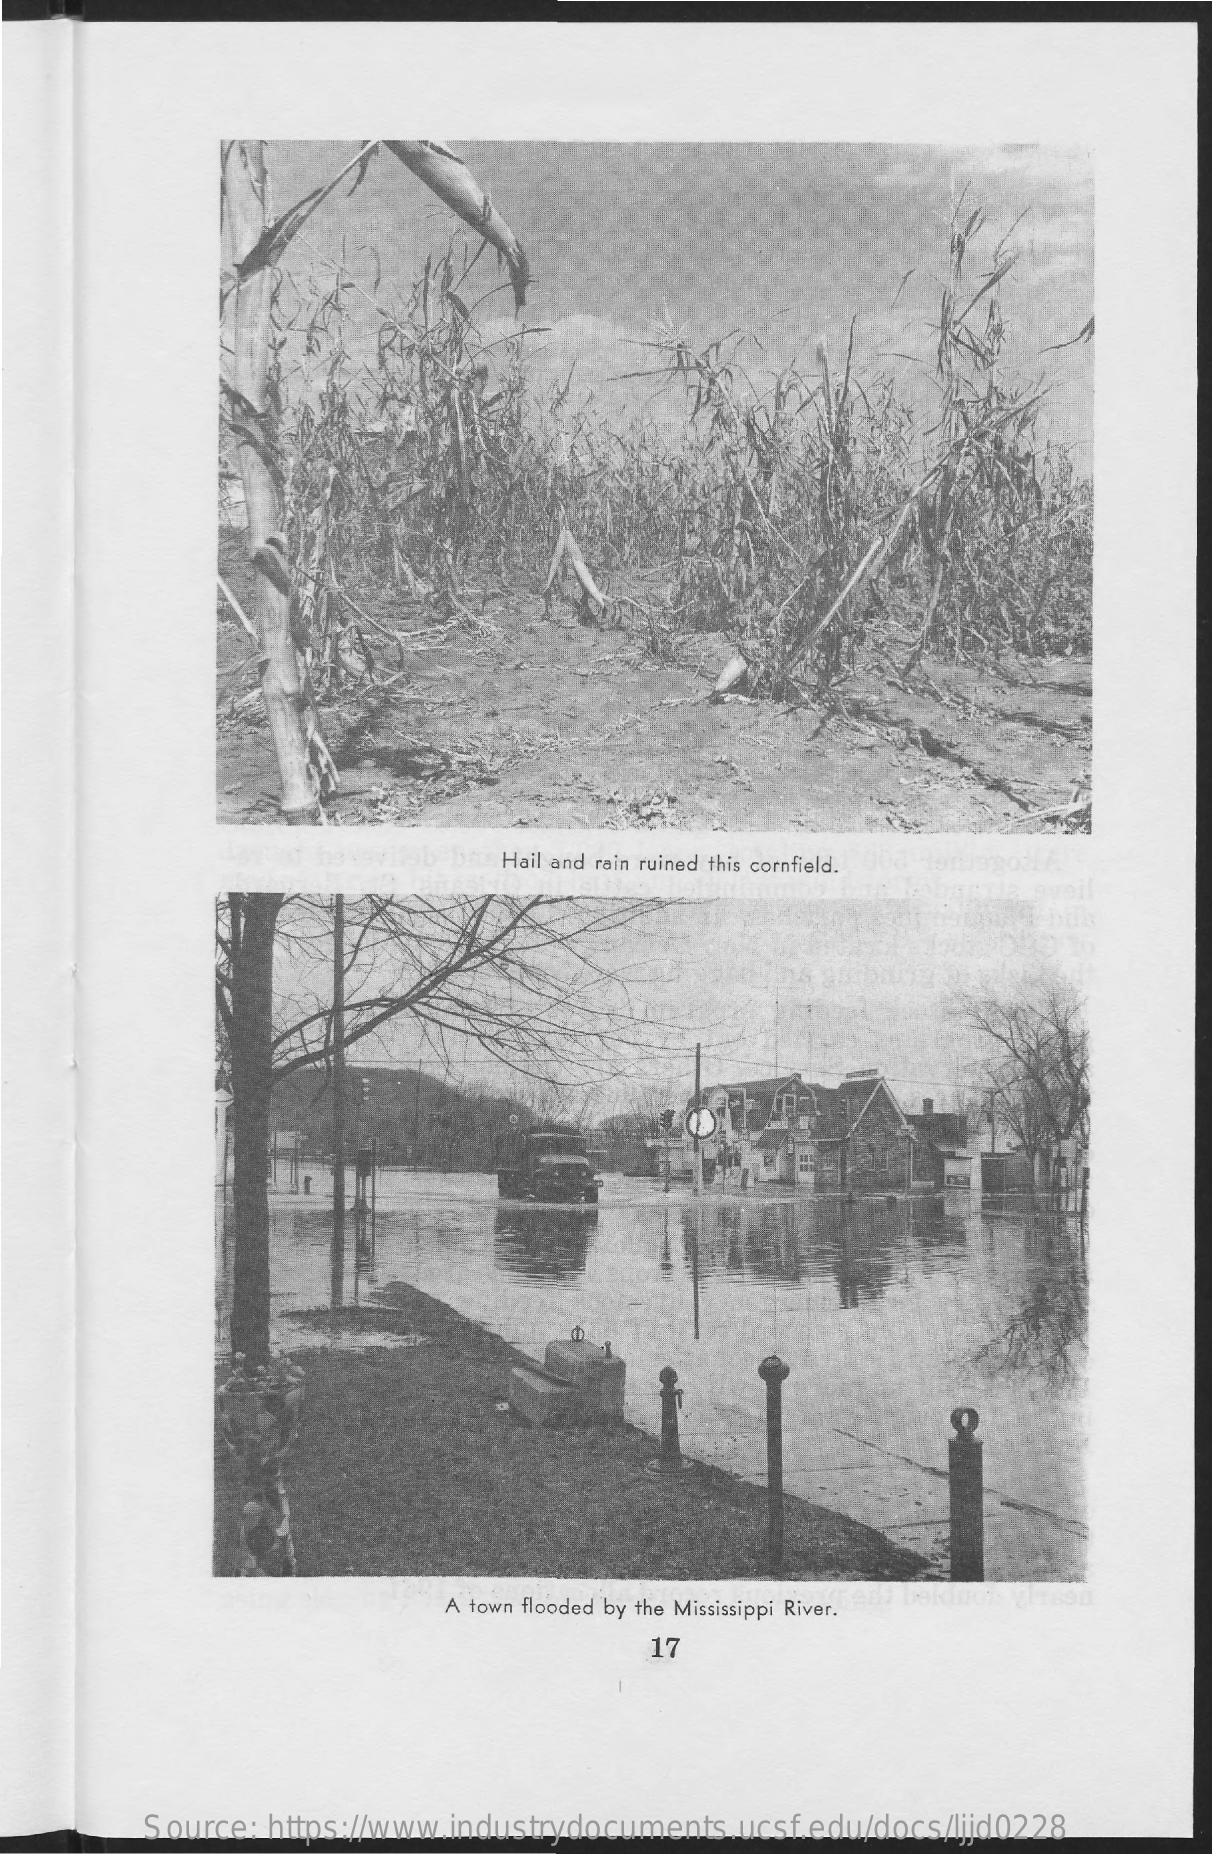
Hail and rain ruined this cornfield.
     A town flooded by the Mississippi River.
     17
     Source: https://www.industrydocuments.ucsf.edu/docs/ljjd0228